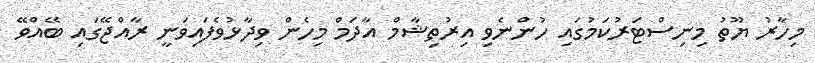
މިހާރު ޔޫތު މިނިސްޓަރުކަމުގައި ހުންނެވި އިރުތިޝާމް އާދަމް މިހެން ވިދާޅުވެފައިވަނީ ރާއްޖޭގައި ބޭއްވޭ